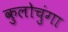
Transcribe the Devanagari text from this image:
कुलोचुंगा